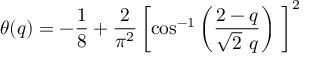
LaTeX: \theta ( q ) = - \frac { 1 } { 8 } + \frac { 2 } { \pi ^ { 2 } } \left[ \cos ^ { - 1 } \left( \frac { 2 - q } { \sqrt { 2 } \ q } \right) \ \right] ^ { 2 }